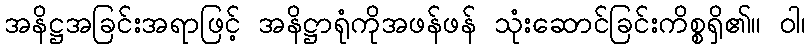
အနိဋ္ဌအခြင်းအရာဖြင့် အနိဋ္ဌာရုံကိုအဖန်ဖန် သုံးဆောင်ခြင်းကိစ္စရှိ၏။ ဝါ၊